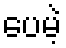
ပေမဲ့